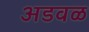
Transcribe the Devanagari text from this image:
अडवळ